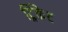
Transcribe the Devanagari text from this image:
ट्रिंकेट